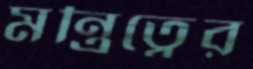
মন্ত্রিত্বের